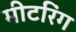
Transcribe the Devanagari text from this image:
मीटरिंग